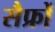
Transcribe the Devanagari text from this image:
सैफ्रों